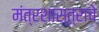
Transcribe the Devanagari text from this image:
मंत्रशास्त्राचे